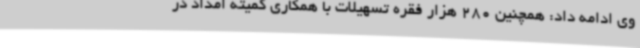
وی ادامه داد: همچنین 280 هزار فقره تسهیلات با همکاری کمیته امداد در